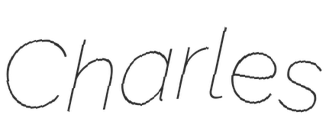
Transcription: Charles